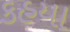
કહયા